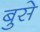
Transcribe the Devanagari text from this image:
बुसे